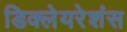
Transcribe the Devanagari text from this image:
डिक्लेयरेशंस